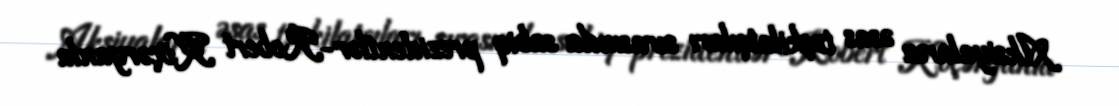
Aksiyaların əsas təşkilatçıları sırasında sabiq prezidentlər-Robert Köçəryanla